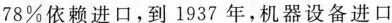
78\%依赖进口，到1937年，机器设备进口